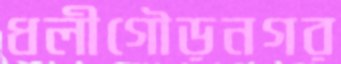
ধলীগৌড়নগর